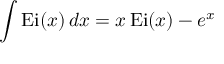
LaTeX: \int \operatorname { E i } ( x ) \, d x = x \operatorname { E i } ( x ) - e ^ { x }